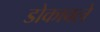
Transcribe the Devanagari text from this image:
डोकावले